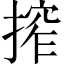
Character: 搾